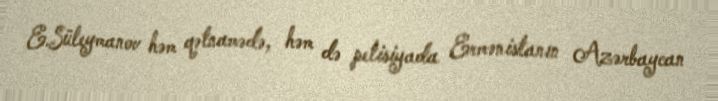
E.Süleymanov həm qətnamədə, həm də petisiyada Ermənistanın Azərbaycan